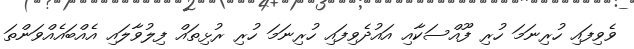
ވެވިފައި ހުރިނަމަ ހުރި ފޫއްސަކާއި އައުދެވިފައި ހުރިނަމަ ހުރި ރުޅިތައް ފިލުވާލައި އެއްބައެއްވަންތަ